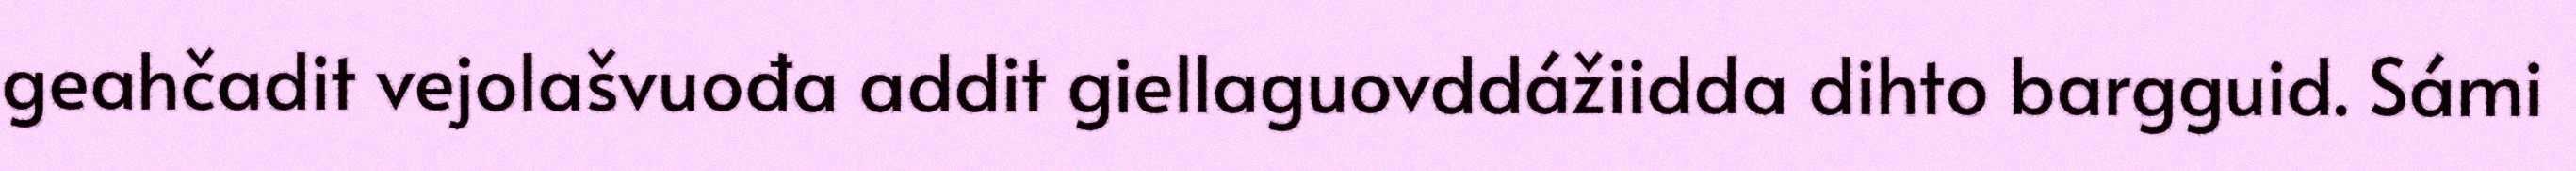
geahčadit vejolašvuođa addit giellaguovddážiidda dihto bargguid. Sámi